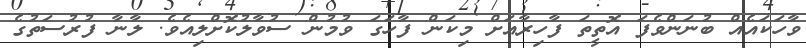
ވާހަކައެއް ބުނަންވެފަ އޮތީތަ ފާހިރާއަށް މިކަން ފާހަގަ ވުމުން ސުވާލުކޮށްލިއެވެ. ލާނާ ފުރުސަތުގެ